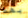
بهذا